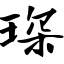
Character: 琛